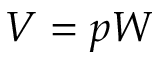
V = p W